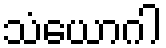
သံယောဂါ